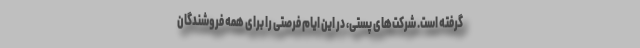
گرفته است. شرکت‌های پستی، در این ایام فرصتی را برای همه فروشندگان